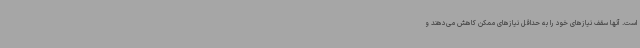
است. آنها سقف نیازهای خود را به حداقل نیازهای ممکن کاهش می‌دهند و